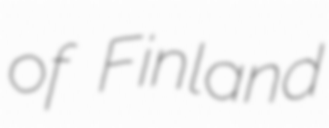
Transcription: of Finland